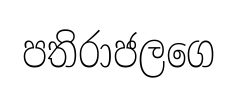
පතිරාජලගෙ